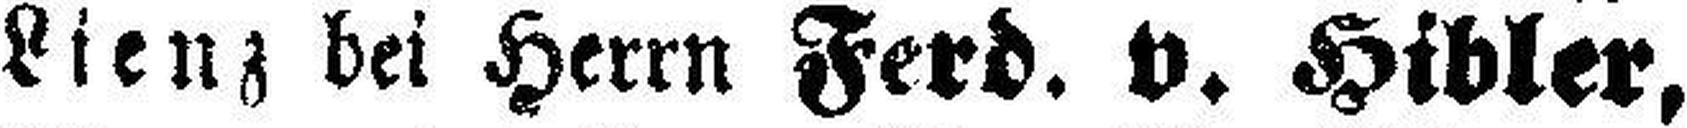
Lienz bei Herrn Ferd. v. Hibler,